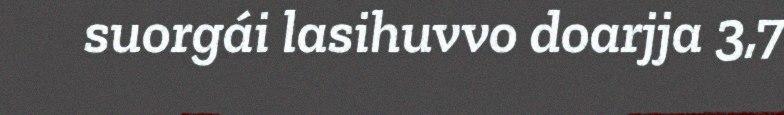
suorgái lasihuvvo doarjja 3,7